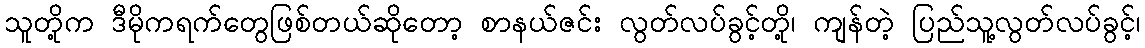
သူတို့က ဒီမိုကရက်တွေဖြစ်တယ်ဆိုတော့ စာနယ်ဇင်း လွတ်လပ်ခွင့်တို့၊ ကျန်တဲ့ ပြည်သူ့လွတ်လပ်ခွင့်၊